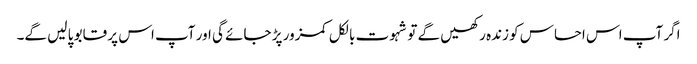
اگر آپ اس احساس کو زندہ رکھیں گے تو شہوت بالکل کمزور پڑ جائے گی اور آپ اس پر قابو پا لیں گے۔